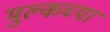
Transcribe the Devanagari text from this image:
मुल्कच्या